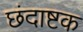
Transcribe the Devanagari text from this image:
छंदाष्टक